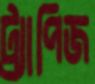
ট্র্যাপিজ